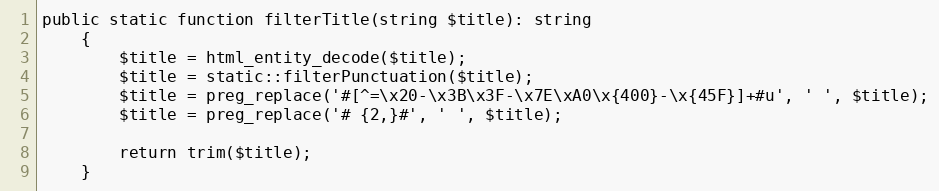
Language: PHP
public static function filterTitle(string $title): string
    {
        $title = html_entity_decode($title);
        $title = static::filterPunctuation($title);
        $title = preg_replace('#[^=\x20-\x3B\x3F-\x7E\xA0\x{400}-\x{45F}]+#u', ' ', $title);
        $title = preg_replace('# {2,}#', ' ', $title);

        return trim($title);
    }